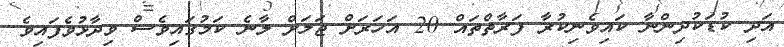
އަދި ކުޑަކުދިންނާ ކައިވެނިކުރާ ފަރާތްތައް 20 އަހަރަށް ޖަލަށް ލާނެ ކަމުގައިވެސް ވިދާޅުވެފައިވެ